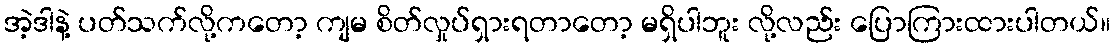
အဲ့ဒါနဲ့ ပတ်သက်လို့ကတော့ ကျမ စိတ်လှုပ်ရှားရတာတော့ မရှိပါဘူး လို့လည်း ပြောကြားထားပါတယ်။